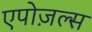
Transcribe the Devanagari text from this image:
एपोज़ल्स